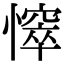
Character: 𢢒